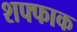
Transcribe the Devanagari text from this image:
शफ्फाक